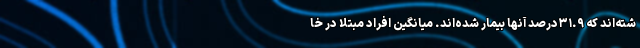
شته‌اند که ۳۱.۹درصد آنها بیمار شده‌اند. میانگین افراد مبتلا در خا